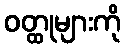
ဝတ္ထုများကို